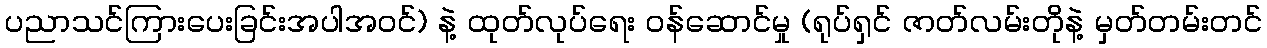
ပညာသင်ကြားပေးခြင်းအပါအဝင်) နဲ့ ထုတ်လုပ်ရေး ဝန်ဆောင်မှု (ရုပ်ရှင် ဇာတ်လမ်းတိုနဲ့ မှတ်တမ်းတင်